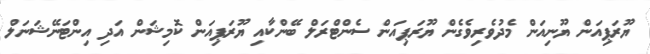
ޔޫރަޕިއަން ޔޫނިއަން މެދުވެރިވެގެން ޔޫރަޕިއަން ސެންޓްރަލް ބޭންކާއި ޔޫރަޕިއަން ކޮމިޝަން އަދި އިންޓަނޭޝަނަލް